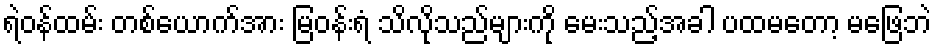
ရဲဝန်ထမ်း တစ်ယောက်အား မြဝန်းရံ သိလိုသည်များကို မေးသည့်အခါ ပထမတော့ မဖြေဘဲ